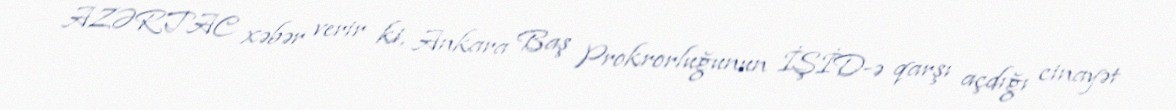
AZƏRTAC xəbər verir ki, Ankara Baş Prokrorluğunun İŞİD-ə qarşı açdığı cinayət